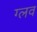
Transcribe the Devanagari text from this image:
ग्लव